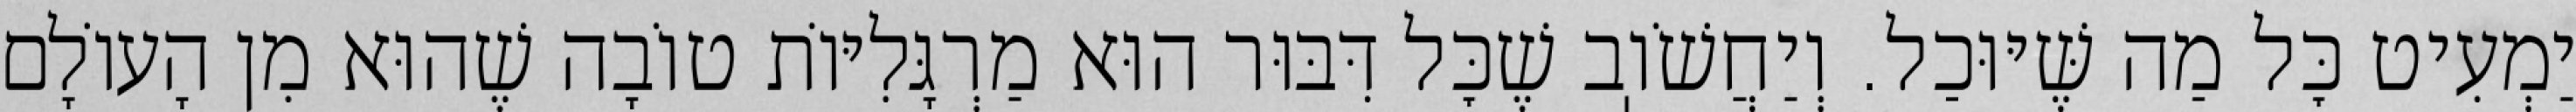
יַמְעִיט כׇּל מַה שֶּׁיּוּכַל. וְיַחֲשֹׁוֽב שֶׁכׇּל דִּבּוּר הוּא מַרְגָּלִיּוֹת טוֹבָה שֶׁהוּא מִן הָעוֹלָם